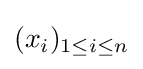
(x_{i})_{1\leq i\leq n}